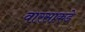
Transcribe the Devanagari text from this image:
वारसाकडे